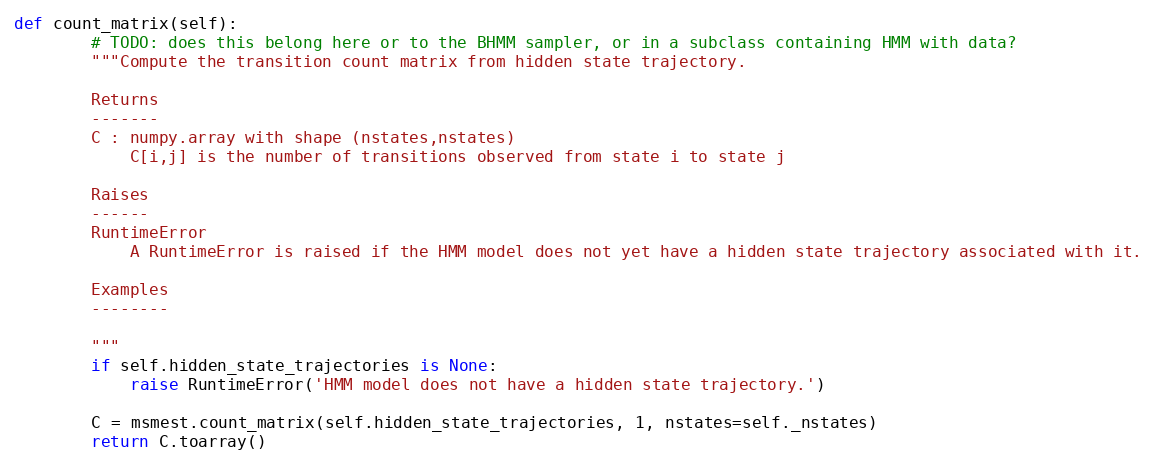
Language: Python
def count_matrix(self):
        # TODO: does this belong here or to the BHMM sampler, or in a subclass containing HMM with data?
        """Compute the transition count matrix from hidden state trajectory.

        Returns
        -------
        C : numpy.array with shape (nstates,nstates)
            C[i,j] is the number of transitions observed from state i to state j

        Raises
        ------
        RuntimeError
            A RuntimeError is raised if the HMM model does not yet have a hidden state trajectory associated with it.

        Examples
        --------

        """
        if self.hidden_state_trajectories is None:
            raise RuntimeError('HMM model does not have a hidden state trajectory.')

        C = msmest.count_matrix(self.hidden_state_trajectories, 1, nstates=self._nstates)
        return C.toarray()